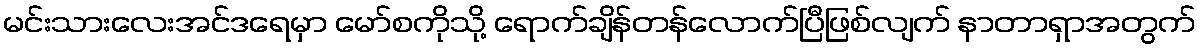
မင်းသားလေးအင်ဒရေမှာ မော်စကိုသို့ ရောက်ချိန်တန်လောက်ပြီဖြစ်လျက် နာတာရှာအတွက်